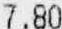
7.80